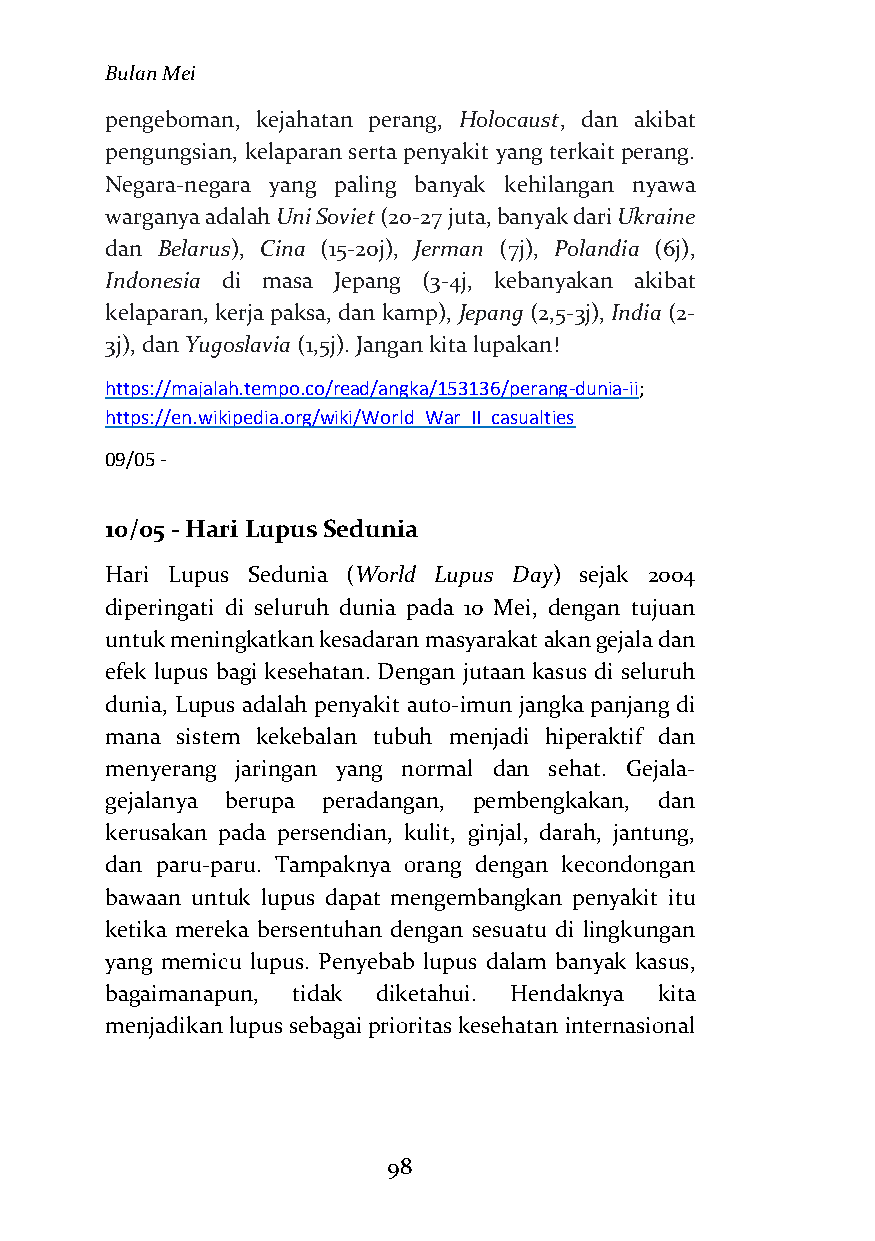
Bulan Mei
 pengeboman, kejahatan perang, Holocaust, dan akibat
 pengungsian, kelaparan serta penyakit yang terkait perang.
 Negara-negara yang paling banyak kehilangan nyawa
 warganya adalah Uni Soviet (20-27 juta, banyak dari Ukraine
 dan Belarus), Cina (15-20j), Jerman (7j), Polandia (6j),
 Indonesia di masa Jepang (3-4j, kebanyakan akibat
 kelaparan, kerja paksa, dan kamp), Jepang (2,5-3j), India (2-
 3j), dan Yugoslavia (1,5j). Jangan kita lupakan!
 https://majalah.tempo.co/read/angka/153136/perang-dunia-ii;
 https://en.wikipedia.org/wiki/World_War_II_casualties
 09/05 -
 10/05 - Hari Lupus Sedunia
 Hari Lupus Sedunia (World Lupus Day) sejak 2004
 diperingati di seluruh dunia pada 10 Mei, dengan tujuan
 untuk meningkatkan kesadaran masyarakat akan gejala dan
 efek lupus bagi kesehatan. Dengan jutaan kasus di seluruh
 dunia, Lupus adalah penyakit auto-imun jangka panjang di
 mana sistem kekebalan tubuh menjadi hiperaktif dan
 menyerang jaringan yang normal dan sehat. Gejala-
 gejalanya berupa peradangan, pembengkakan, dan
 kerusakan pada persendian, kulit, ginjal, darah, jantung,
 dan paru-paru. Tampaknya orang dengan kecondongan
 bawaan untuk lupus dapat mengembangkan penyakit itu
 ketika mereka bersentuhan dengan sesuatu di lingkungan
 yang memicu lupus. Penyebab lupus dalam banyak kasus,
 bagaimanapun, tidak diketahui. Hendaknya kita
 menjadikan lupus sebagai prioritas kesehatan internasional
 98